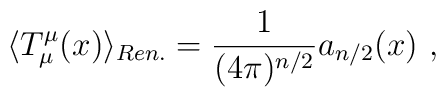
\langle T^\mu_\mu(x)\rangle_{Ren.}=\frac1{(4\pi)^{n/2}}a_{n/2}(x) \ ,